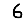
Digit: 6